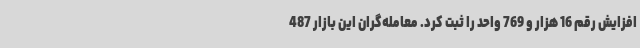
افزایش رقم 16 هزار و 769 واحد را ثبت کرد. معامله‌گران این بازار 487